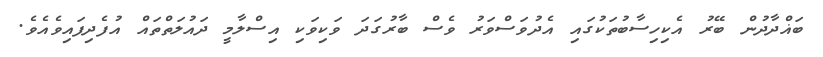
ބަޣްދާދުން ބޭރު އެކިހިސާބުތަކުގައި އެދުވަސްވަރު ވެސް ބާރުގަދަ ވަކިވަކި އިސްލާމީ ދައުލަތްތައް އުފެދިފައިވެއެވެ.